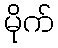
မိုက်